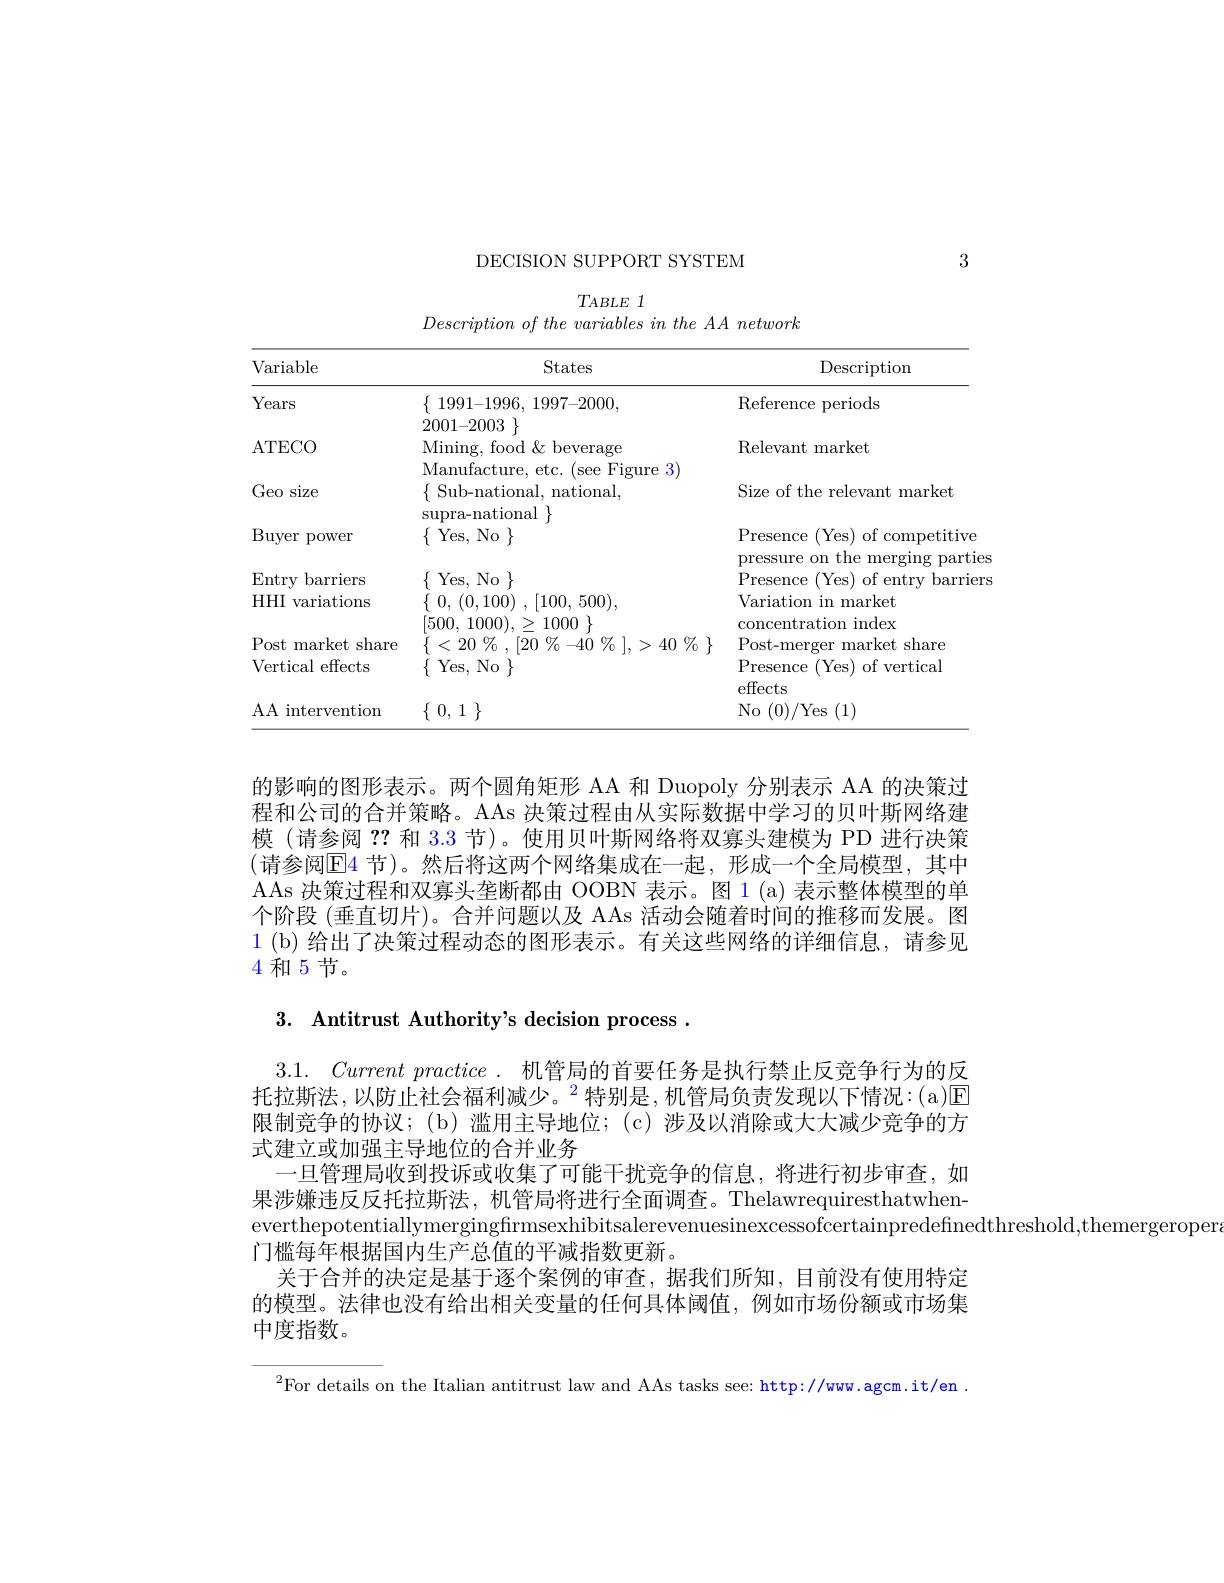
3

DECISION SUPPORT SYSTEM

$T_{ABLE}$ 1
$Description\textit{ of the variables in the AA network}$

<table>
	<tbody>
		<tr>
			<th>Variable</th>
			<th>States</th>
			<th>Description</th>
		</tr>
		<tr>
			<td>Years</td>
			<td>$\{\begin{array}{ll}{1991-1996,1997-2000,}\end{array}$ nnn</td>
			<td>Reference periods</td>
		</tr>
		<tr>
			<td>ATECO</td>
			<td>2001-2000 $\}$ Mining, food $\&$ beverage</td>
			<td>Relevant market</td>
		</tr>
		<tr>
			<td>Geo size</td>
			<td>$\{$ Sub-national, national, nall</td>
			<td>Size of the relevant market</td>
		</tr>
		<tr>
			<td>Buyer power </td>
			<td>$\{$Yes, No$\}$</td>
			<td>Presence (Yes) of competitive</td>
		</tr>
		<tr>
			<td>Entrv barriers</td>
			<td>$\{$Yes, No$\}$</td>
			<td>Presenc</td>
		</tr>
		<tr>
			<td>$HHI$ variations</td>
			<td>$\{$ 0, (0,100) , [100, 500), [500] 10000 1</td>
			<td>Variation in market 1. ation $\mathrm{indev}_{\mathrm{indev}}$</td>
		</tr>
		<tr>
			<td>Post market ${\mathrm{~share}}$</td>
			<td>$^{\vee}/$ <20 $\%$ , [20 $\%$ -40 ) $\%$ 1,>40 $\%$ $\}$</td>
			<td>$U\Lambda$ Post-merger n market share</td>
		</tr>
		<tr>
			<td>Vertical effects</td>
			<td>$\{$Yes, No$\}$</td>
			<td>$\operatorname{Presence}$ (Yes) of vertical effects</td>
		</tr>
		<tr>
			<td>AA i intervention</td>
			<td>$\{$ 0, 1 $\}$</td>
			<td>No ( 0) / Yes ( 1) </td>
		</tr>
	</tbody>
</table>

的影响的图形表示。两个圆角矩形 AA 和 Duopoly 分别表示 AA 的决策过程和公司的合并策略。AAs 决策过程由从实际数据中学习的贝叶斯网络建模 (请参阅？?和 3.3 节)。使用贝叶斯网络将双寡头建模为 PD 进行决策(请参阅|E|4 节)。然后将这两个网络集成在一起，形成一个全局模型，其中AAs 决策过程和双寡头垄断都由 OOBN 表示。图 1 (a) 表示整体模型的单个阶段 (垂直切片)。合并问题以及 AAs 活动会随着时间的推移而发展。图1 (b) 给出了决策过程动态的图形表示。有关这些网络的详细信息，请参见4和5节。

3. Antitrust Authority's decision process .

3.1. Current practice .机管局的首要任务是执行禁止反竞争行为的反托拉斯法，以防止社会福利减少。$^2$特别是，机管局负责发现以下情况：(a)区限制竞争的协议；(b)滥用主导地位；(c)涉及以消除或大大减少竞争的方式建立或加强主导地位的合并业务
一旦管理局收到投诉或收集了可能干扰竞争的信息，将进行初步审查，如果涉嫌违反反托拉斯法，机管局将进行全面调查。Thelawrequiresthatwheneverthepotentiallymergingfirmsexhibitsalerevenuesinexcessofcertainpredefinedthreshold,themergeroper
门槛每年根据国内生产总值的平减指数更新。
关于合并的决定是基于逐个案例的审查，据我们所知，目前没有使用特定的模型。法律也没有给出相关变量的任何具体阈值，例如市场份额或市场集中度指数。

$^{2}$For details on the Italian antitrust law and AAs tasks see: http://ww.agcm.it/en .